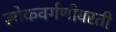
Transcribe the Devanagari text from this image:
लोकवर्गणीवरती